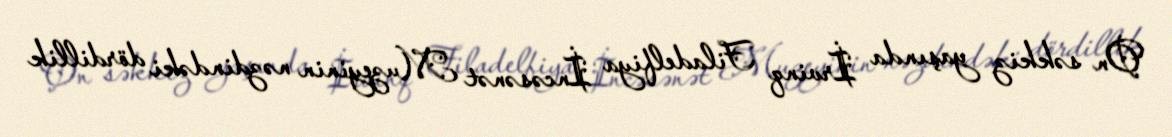
On səkkiz yaşında İrvinq Filadelfiya İncəsənət Muzeyinin nəzdindəki dördillik